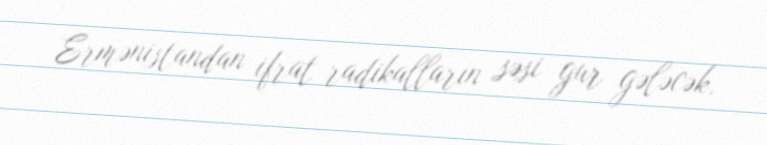
Ermənistandan ifrat radikalların səsi gur gələcək.